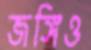
জঙ্গিও